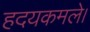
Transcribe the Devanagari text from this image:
हदयकमले।